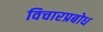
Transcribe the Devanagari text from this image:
विचारप्रबोध